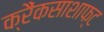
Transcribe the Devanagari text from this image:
क्रैंकसाशाफ्ट